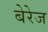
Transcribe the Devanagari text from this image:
बेरेज